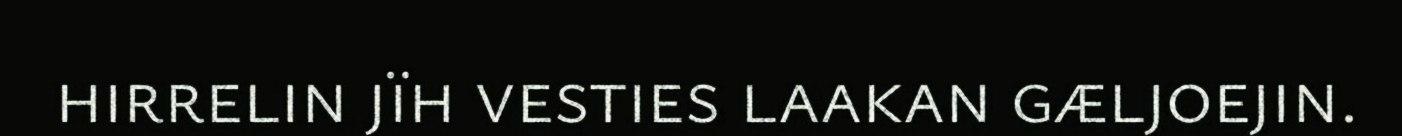
hirrelin jïh vesties laakan gæljoejin.